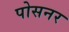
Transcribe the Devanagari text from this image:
पोसनर